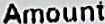
AMOUNT